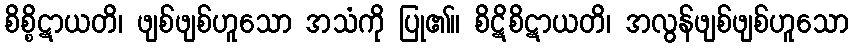
စိစ္စိဋာယတိ၊ ဖျစ်ဖျစ်ဟူသော အသံကို ပြု၏။ စိဋိစိဋာယတိ၊ အလွန်ဖျစ်ဖျစ်ဟူသော